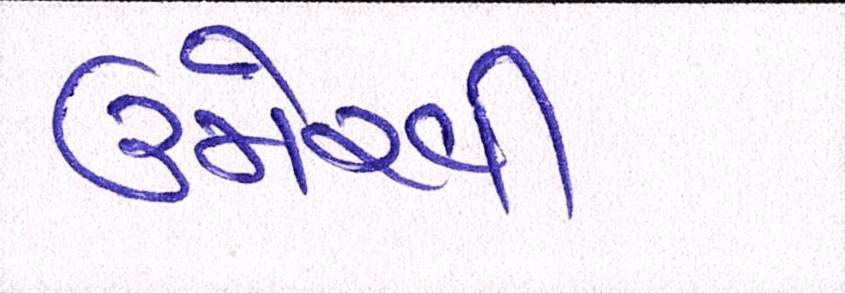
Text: ઉમેરવી